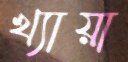
খ্যায়া